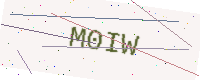
Text: M0IW